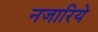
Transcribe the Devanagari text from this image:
नजारिये